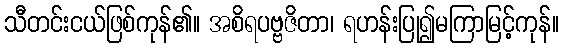
သီတင်းငယ်ဖြစ်ကုန်၏။ အစိရပဗ္ဗဇိတာ၊ ရဟန်းပြု၍မကြာမြင့်ကုန်။